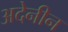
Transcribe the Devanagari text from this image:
अदेनीन